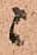
ニ